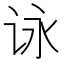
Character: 𰵞